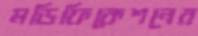
মডিফিকেশনের